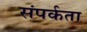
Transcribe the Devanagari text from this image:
संपर्कता